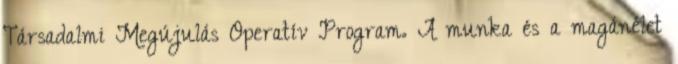
Társadalmi Megújulás Operatív Program. A munka és a magánélet